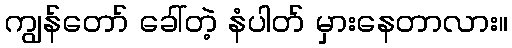
ကျွန်တော် ခေါ်တဲ့ နံပါတ် မှားနေတာလား။